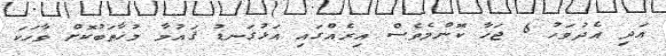
އަދި އެދުވަހު 6 ޖަހާ ކޮންމެވެސް އިރެއްގައި އަޅުގަނޑު ޤައުމާ މުޚާޠަބުކޮށް ވާހަކަ